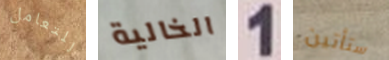
للتعامل الخالية 1 ستأتين